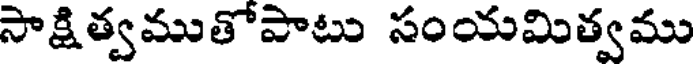
సాక్షిత్వముతోపాటు సంయమిత్వము